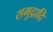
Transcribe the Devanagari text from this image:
समुद्रादि